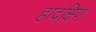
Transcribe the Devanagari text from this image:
हादक्षिण